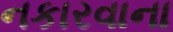
નકારવાના